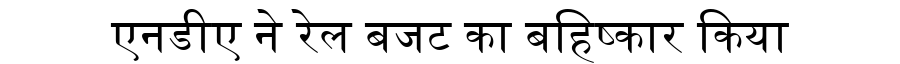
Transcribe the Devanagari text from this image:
एनडीए ने रेल बजट का बहिष्कार किया